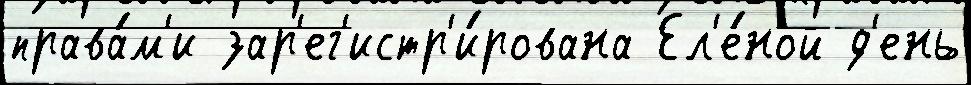
права́м'и зар'ег'истр'и́рована Ел'е́ной д'ень